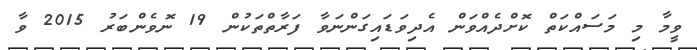
ވީމާ މި މަސައްކަތް ކޮށްދެއްވަން އެދިވަޑައިގަންނަވާ ފަރާތްތަކުން 19 ނޮވެންބަރު 2015 ވާ